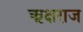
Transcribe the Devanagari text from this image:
ऋक्षराज